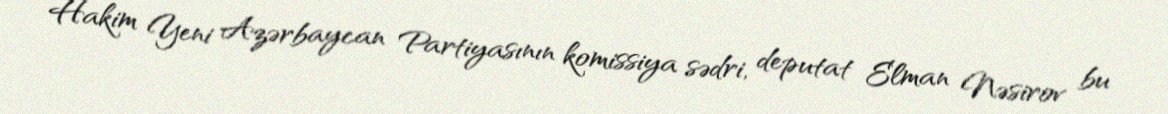
Hakim Yeni Azərbaycan Partiyasının komissiya sədri, deputat Elman Nəsirov bu